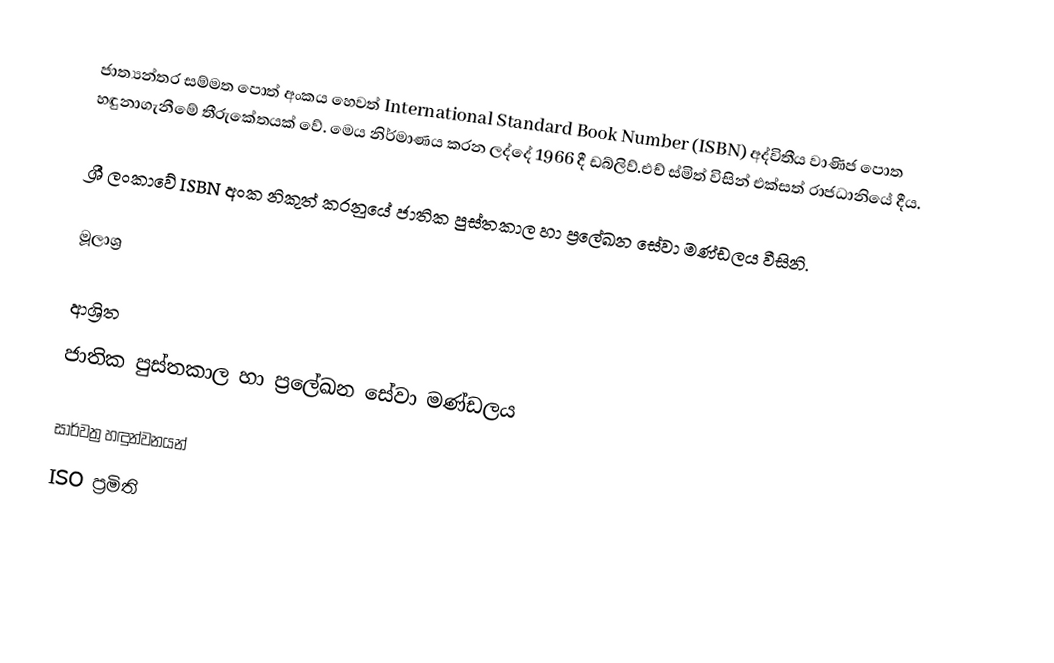
ජාත්‍යන්තර සම්මත පොත් අංකය හෙවත් International Standard Book Number (ISBN) අද්විතීය වාණිජ පොත හඳුනාගැනීමේ තීරුකේතයක් වේ. මෙය නිර්මාණය කරන ලද්දේ 1966 දී ඩබ්ලිව්.එච් ස්මිත් විසින් එක්සත් රාජධානියේ දීය.

ශ්‍රී ලංකාවේ ISBN  අංක නිකුත් කරනුයේ ජාතික පුස්තකාල හා ප්‍රලේඛන සේවා මණ්ඩලය වීසිනි.

මූලාශ්‍ර

ආශ්‍රිත
 ජාතික පුස්තකාල හා ප්‍රලේඛන සේවා මණ්ඩලය

සාර්වත්‍ර හඳුන්වනයන්
ISO ප්‍රමිති